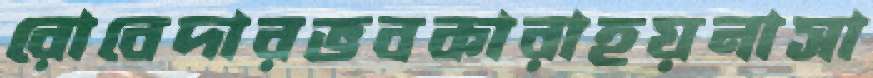
রোবেদারভবকারাহয়নাসা